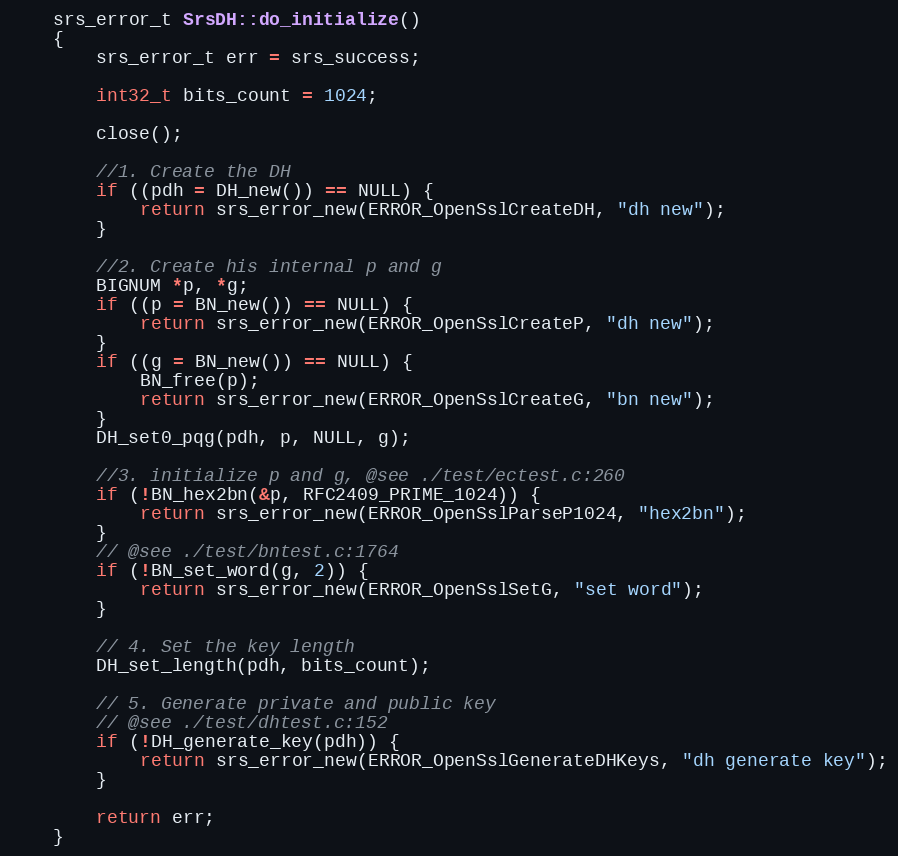
Language: C++
    srs_error_t SrsDH::do_initialize()
    {
        srs_error_t err = srs_success;

        int32_t bits_count = 1024;

        close();

        //1. Create the DH
        if ((pdh = DH_new()) == NULL) {
            return srs_error_new(ERROR_OpenSslCreateDH, "dh new");
        }

        //2. Create his internal p and g
        BIGNUM *p, *g;
        if ((p = BN_new()) == NULL) {
            return srs_error_new(ERROR_OpenSslCreateP, "dh new");
        }
        if ((g = BN_new()) == NULL) {
            BN_free(p);
            return srs_error_new(ERROR_OpenSslCreateG, "bn new");
        }
        DH_set0_pqg(pdh, p, NULL, g);

        //3. initialize p and g, @see ./test/ectest.c:260
        if (!BN_hex2bn(&p, RFC2409_PRIME_1024)) {
            return srs_error_new(ERROR_OpenSslParseP1024, "hex2bn");
        }
        // @see ./test/bntest.c:1764
        if (!BN_set_word(g, 2)) {
            return srs_error_new(ERROR_OpenSslSetG, "set word");
        }

        // 4. Set the key length
        DH_set_length(pdh, bits_count);

        // 5. Generate private and public key
        // @see ./test/dhtest.c:152
        if (!DH_generate_key(pdh)) {
            return srs_error_new(ERROR_OpenSslGenerateDHKeys, "dh generate key");
        }

        return err;
    }